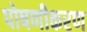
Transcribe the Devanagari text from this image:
पोषणीकरण